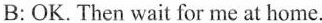
B:OK. Then wait for me at home.